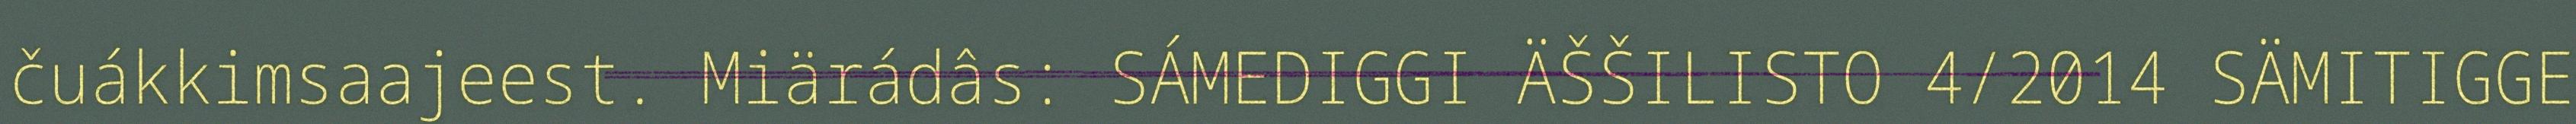
čuákkimsaajeest. Miärádâs: SÁMEDIGGI ÄŠŠILISTO 4/2014 SÄMITIGGE